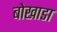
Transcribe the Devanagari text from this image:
बोखाडा